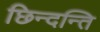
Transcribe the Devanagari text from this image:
छिन्दन्ति